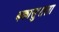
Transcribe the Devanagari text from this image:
बकासुराला